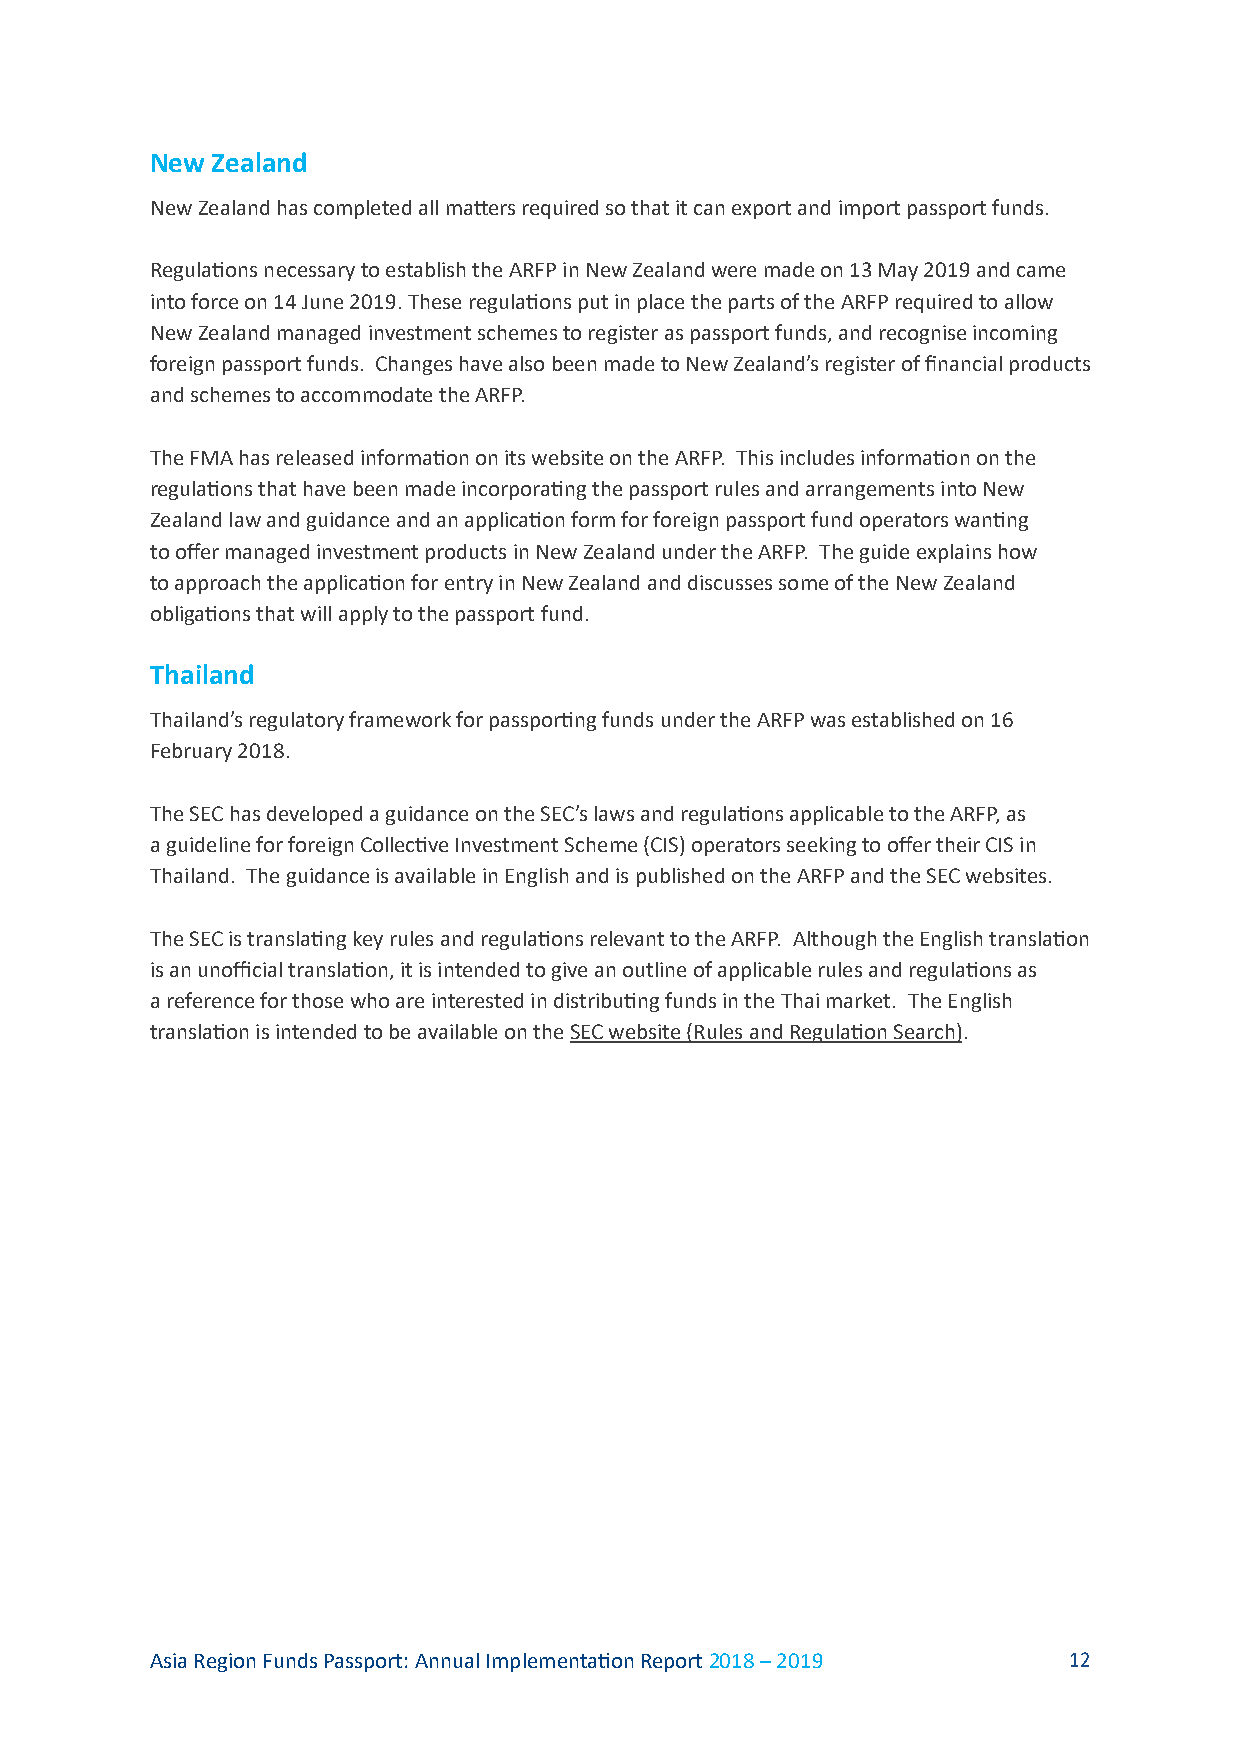
New Zealand
 New Zealand has completed all matters required so that it can export and import passport funds.
 Regulations necessary to establish the ARFP in New Zealand were made on 13 May 2019 and came
 into force on 14 June 2019. These regulations put in place the parts of the ARFP required to allow
 New Zealand managed investment schemes to register as passport funds, and recognise incoming
 foreign passport funds. Changes have also been made to New Zealand’s register of financial products
 and schemes to accommodate the ARFP.
 The FMA has released information on its website on the ARFP. This includes information on the
 regulations that have been made incorporating the passport rules and arrangements into New
 Zealand law and guidance and an application form for foreign passport fund operators wanting
 to offer managed investment products in New Zealand under the ARFP. The guide explains how
 to approach the application for entry in New Zealand and discusses some of the New Zealand
 obligations that will apply to the passport fund.
 Thailand
 Thailand’s regulatory framework for passporting funds under the ARFP was established on 16
 February 2018.
 The SEC has developed a guidance on the SEC’s laws and regulations applicable to the ARFP, as
 a guideline for foreign Collective Investment Scheme (CIS) operators seeking to offer their CIS in
 Thailand. The guidance is available in English and is published on the ARFP and the SEC websites.
 The SEC is translating key rules and regulations relevant to the ARFP. Although the English translation
 is an unofficial translation, it is intended to give an outline of applicable rules and regulations as
 a reference for those who are interested in distributing funds in the Thai market. The English
 translation is intended to be available on the SEC website (Rules and Regulation Search).
 Asia Region Funds Passport: Annual Implementation Report 2018 – 2019 12